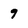
Character: 9